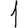
Digit: 1